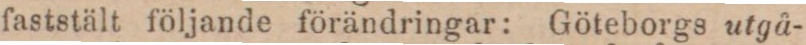
faststält följande förändringar: Göteborgs utgå-